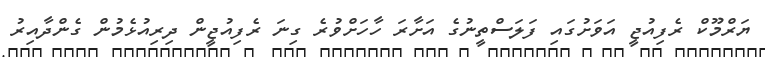
ޔަރްމޫކް ރެފިއުޖީ އަވަށުގައި ފަލަސްތީނުގެ އަށާރަ ހާހަށްވުރެ ގިނަ ރެފިއުޖީން ދިރިއުޅެމުން ގެންދާއިރު